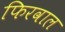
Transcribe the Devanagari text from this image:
फिरवाल